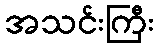
အသင်းကြီး